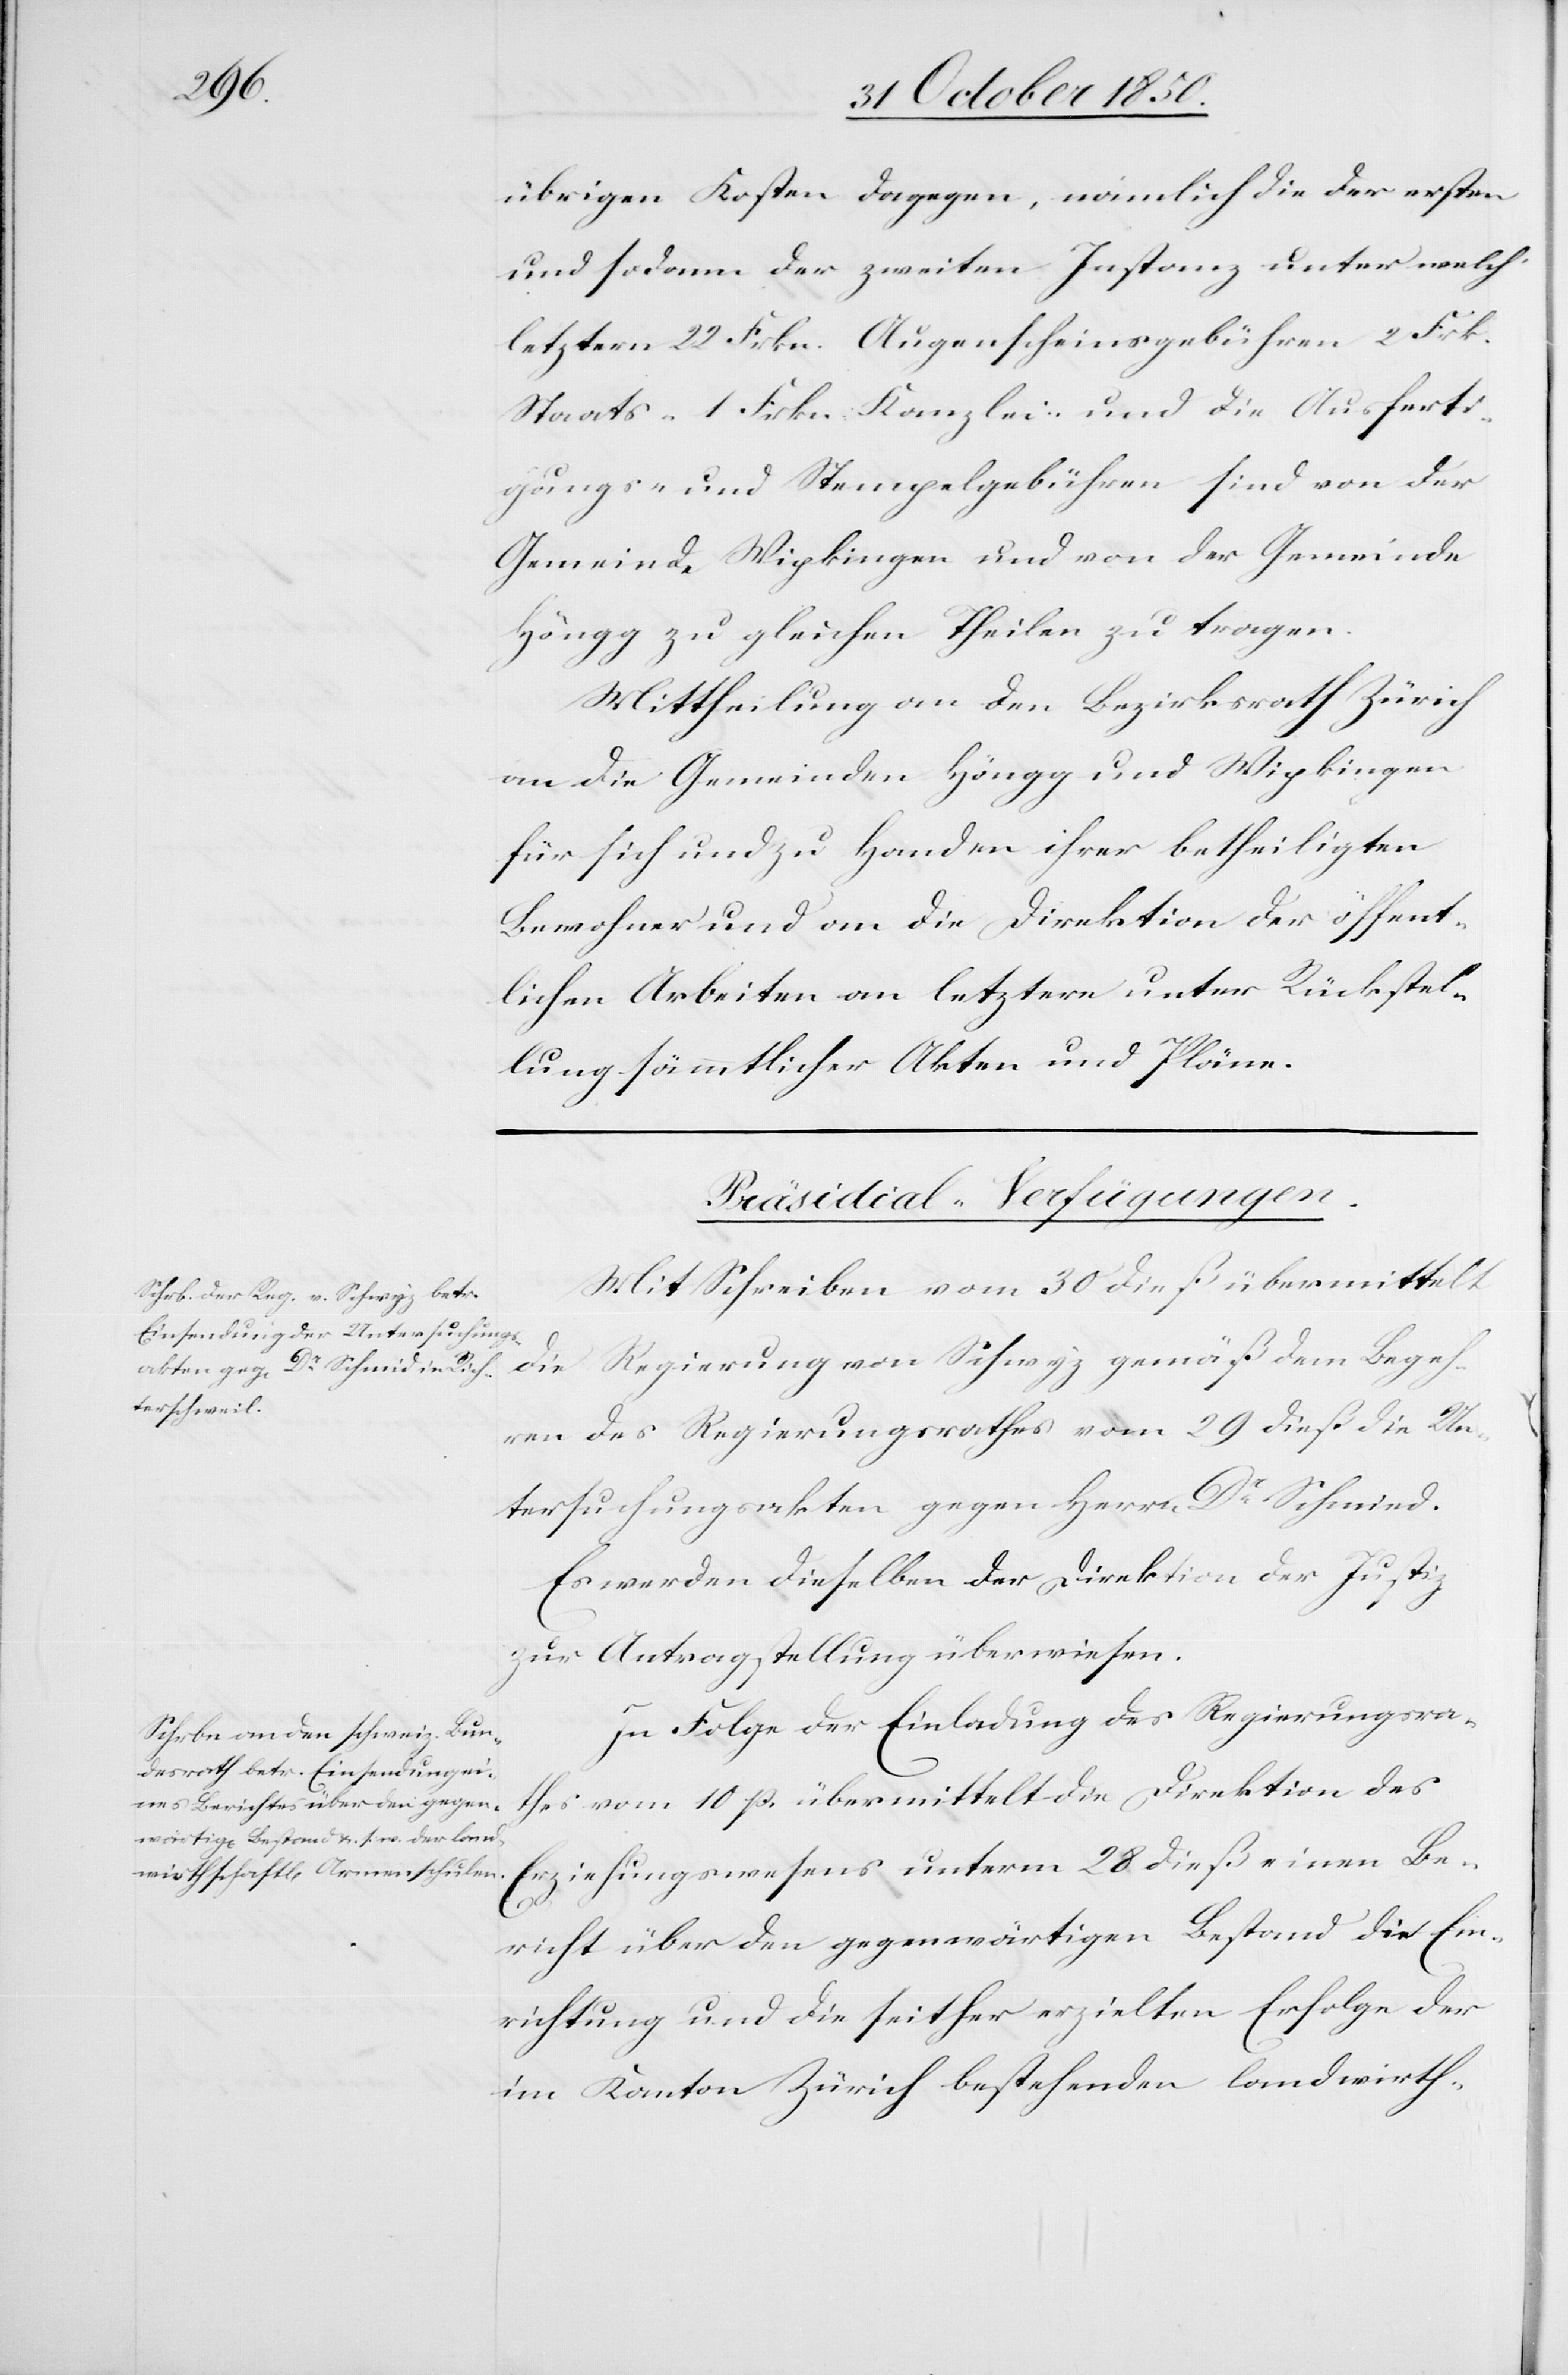
übrigen Kosten dagegen, nämlich die der ersten
und sodann der zweiten Instanz unter welch‘
letztern 22 Frkn. Augenscheinsgebühren 2 Frk.
Staats- 1 Frkn Kanzlei- und die Ausferti¬
gungs- und Stempelgebühren sind von der
Gemeinde Wipkingen und von der Gemeinde
Höngg zu gleichen Theilen zu tragen.
Mittheilung an den Bezirksrath Zürich
an die Gemeinden Höngg und Wipkingen
für sich und zu Handen ihrer betheiligten
Bewohner und an die Direktion der öffent¬
lichen Arbeiten an letztere unter Rückstel¬
lung sämmtlicher Akten und Pläne.
[Präsidial-Verfügungen.]
Mit Schreiben vom 30 dieß übermittelt
die Regierung von Schwyz gemäß dem Begeh¬
ren des Regierungsrathes vom 29 dieß die Un¬
tersuchungsakten gegen Herrn Dr Schmied
Es werden dieselben der Direktion der Justiz
zur Antragstellung überwiesen.
In Folge der Einladung des Regierungsra¬
thes vom 10 p. übermittelt die Direktion des
Erziehungswesens unterm 28 dieß einen Be¬
richt über den gegenwärtigen Bestand die Ein¬
richtung und die seither erzielten Erfolge der
im Kanton Zürich bestehenden landwirth-